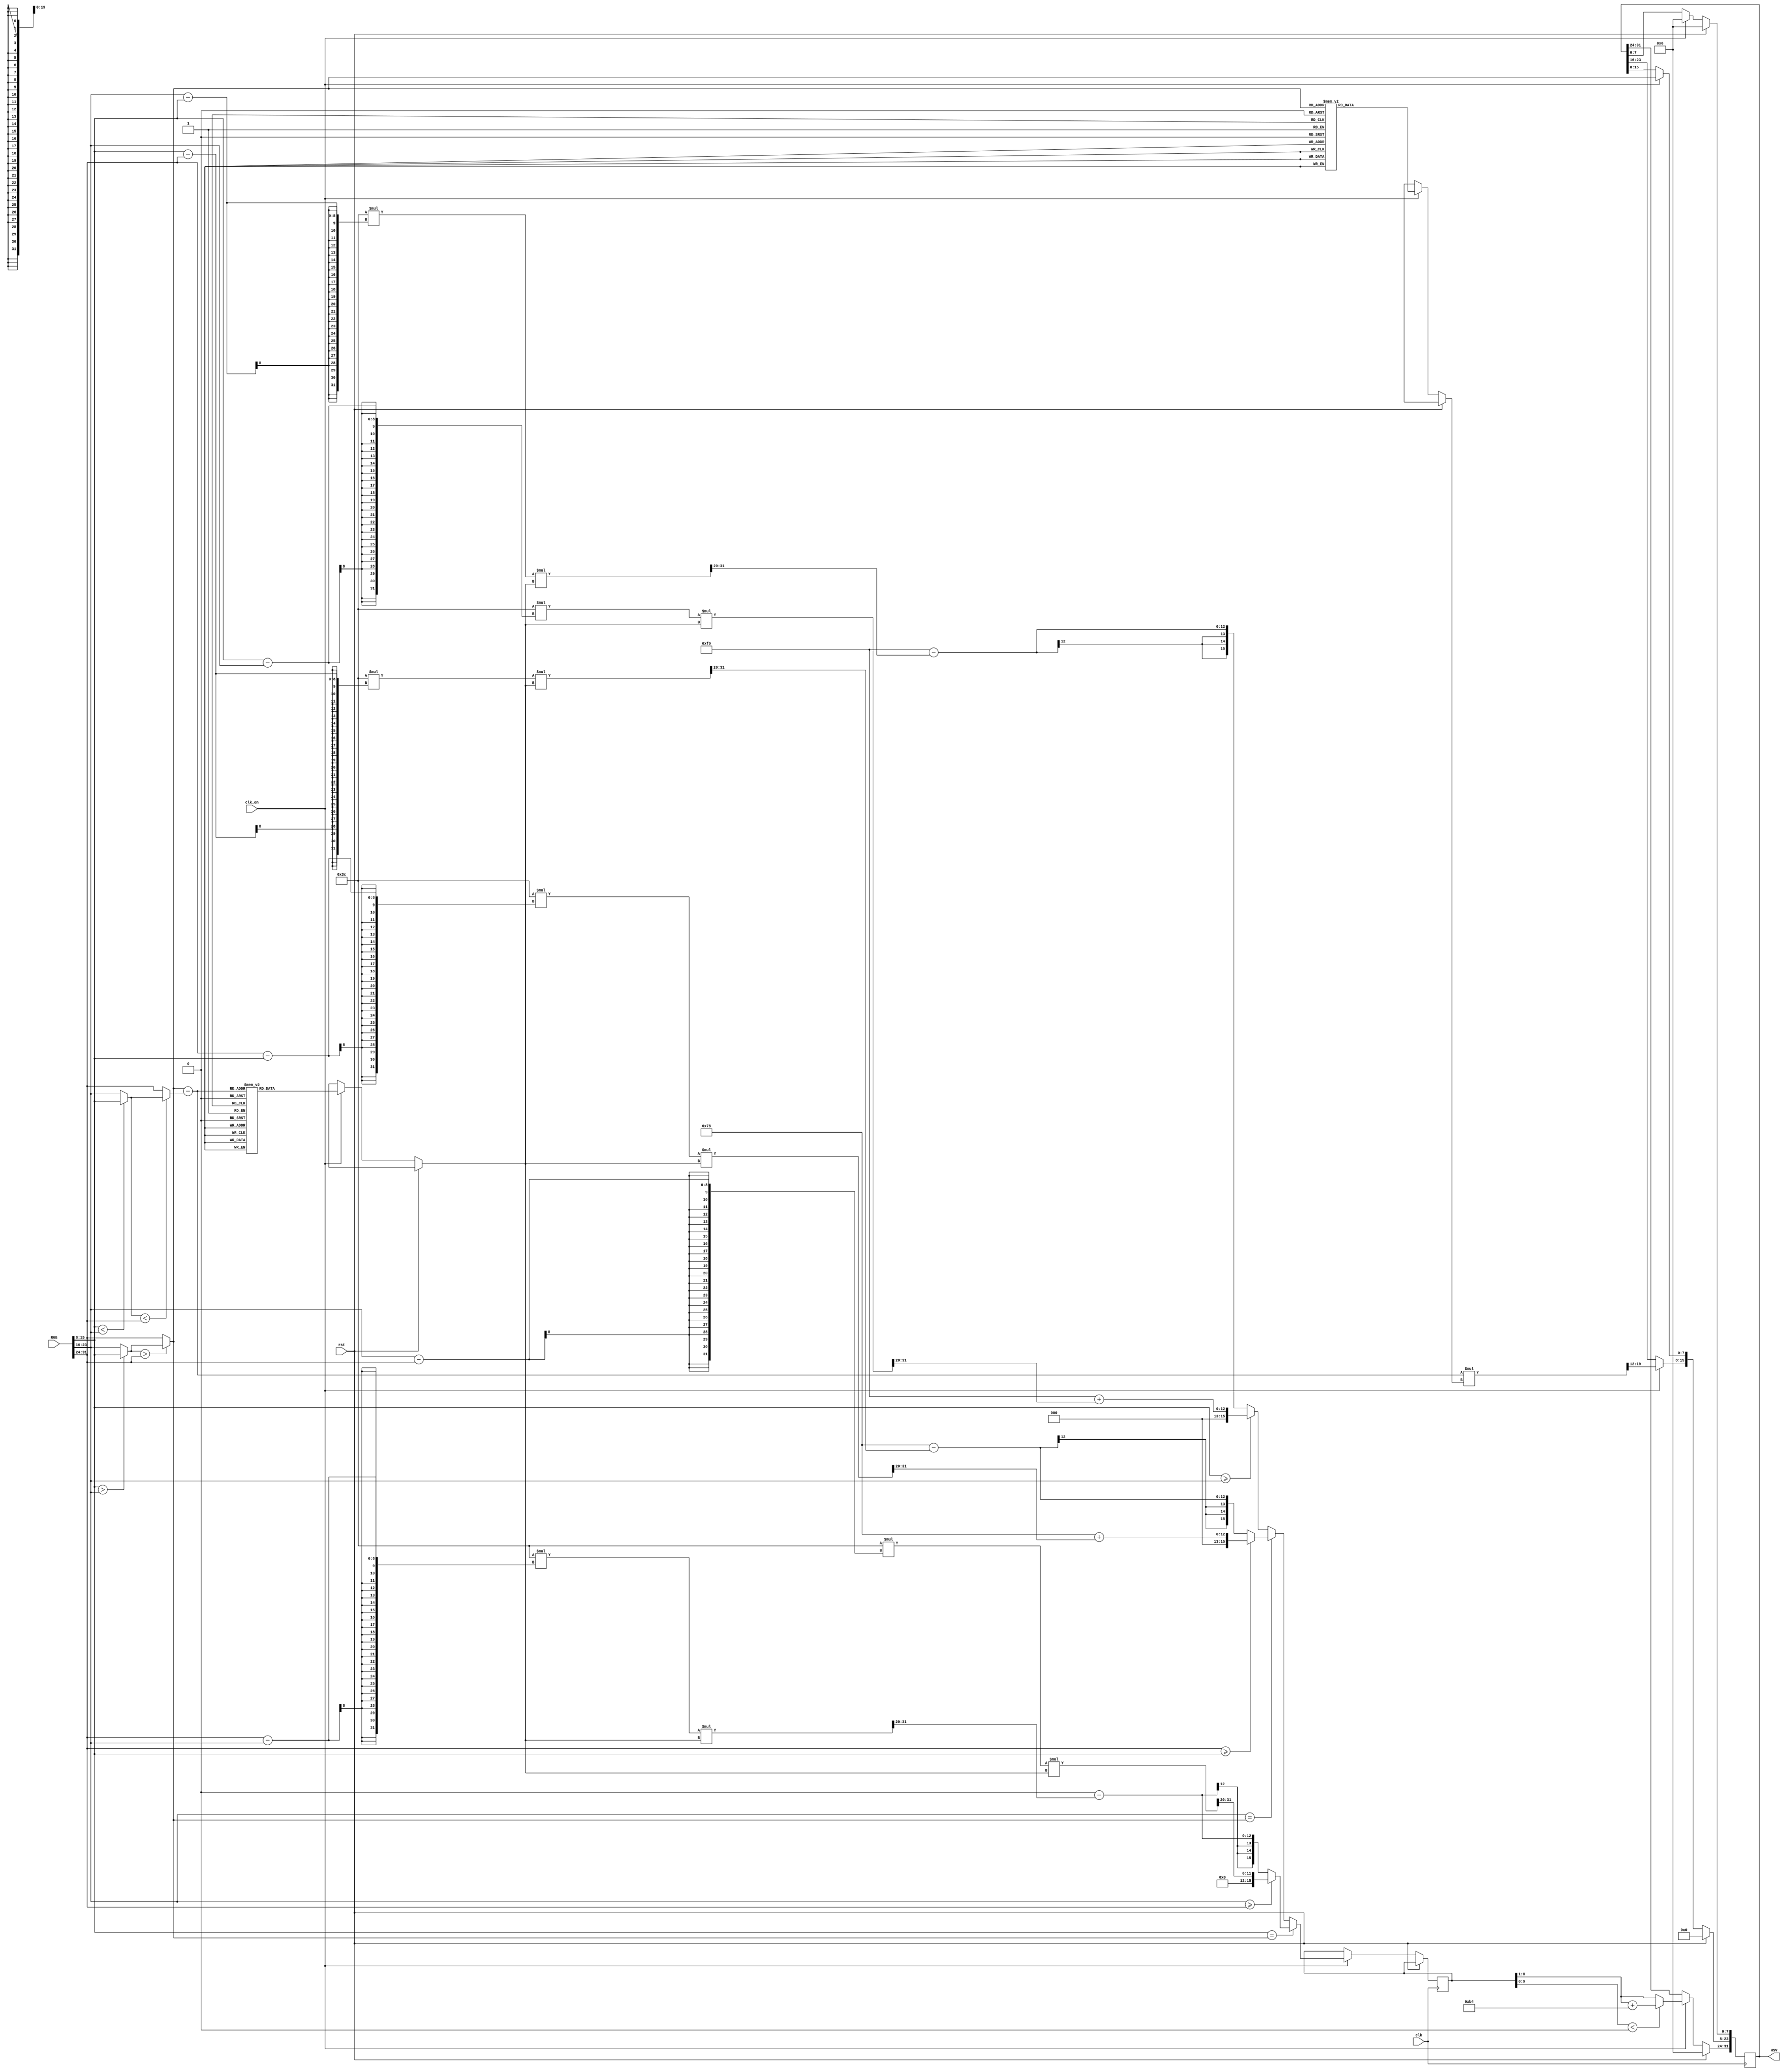
//`timescale 1ns / 1ns
//////////////////////////////////////////////////////////////////////////////////
// Company: 
// Engineer: 
// 
// Design Name: 
// Module Name:    rgb2hsv 
// Project Name: 
// Target Devices: 
// Tool versions: 
// Description: 
//
// Dependencies: 
//
// Revision: 
// Revision 0.01 - File Created
// Additional Comments: 
//
//////////////////////////////////////////////////////////////////////////////////
module rgb2hsv(
clk, 
clk_en,
rst,
RGB,
//xxx,
HSV
    );

input clk, rst;
input[31:0] RGB ;//xxx;
output[31:0] HSV;
input clk_en ;
// h ranges from (0, 360] degrees
// s and v ranges from [0,255] hya bet range mn 0-1 bas for calculation han5aleha from 0-255
// h [31:24] , s [23:16], v[15:8]
reg[31:0] HSV ;
reg[7:0] v_delay_final[2:0]; // Delays v so that h, s, v data lines up correctly
reg[19:0] div ;

wire[7:0] diff; 
reg[31:0] H_old ;
reg signed [9:0] h_int;//ba7ot feha el value mtzabtah bel shifts bta3tha 3ala 7asb el hue_select value
reg[15:0] sat_dividend, sat_divisor;
reg[15:0] hue_dividend, hue_divisor;
//wire[15:0] sat_remainder, hue_remainder;
wire[15:0] sat_quotient, hue_quotient;
 
reg[2:0] hue_select; // Used to correctly modify the output of the hue divider
 
reg[2:0] hue_select_delay; // Accounts for divider delay


wire[7:0] max1 ;
wire[7:0] max;
wire[7:0] min1 ;
wire[7:0] min ;
assign diff = max - min;
assign max1 = (RGB[15:8] > RGB[23:16]) ? RGB[15:8] : RGB[23:16];
assign  max = (max1 > RGB[31:24]) ? max1 : RGB[31:24];
assign min1 = (RGB[15:8] < RGB[23:16]) ? RGB[15:8] : RGB[23:16];
assign min = (min1 < RGB[31:24]) ? min1 : RGB[31:24];

always @ (posedge clk )
begin
if(rst == 1'b1)
begin
	HSV<=0;
end
else if(clk_en == 1'b1)
begin
	HSV[15:8] = max ; 
	case (HSV[15:8])
	8'd0 : div=20'd0;
	8'd1 : div=20'd1044480;
	8'd2 : div=20'd522240;
	8'd3 : div=20'd348160;
	8'd4 : div=20'd261120;
	8'd5 : div=20'd208896;
	8'd6 : div=20'd174080;
	8'd7 : div=20'd149211;
	8'd8 : div=20'd130560;
	8'd9 : div=20'd116053;
	8'd10 : div=20'd104448;
	8'd11 : div=20'd94953;
	8'd12 : div=20'd87040;
	8'd13 : div=20'd80345;
	8'd14 : div=20'd74606;
	8'd15 : div=20'd69632;
	8'd16 : div=20'd65280;
	8'd17 : div=20'd61440;
	8'd18 : div=20'd58027;
	8'd19 : div=20'd54973;
	8'd20 : div=20'd52224;
	8'd21 : div=20'd49737;
	8'd22 : div=20'd47476;
	8'd23 : div=20'd45412;
	8'd24 : div=20'd43520;
	8'd25 : div=20'd41779;
	8'd26 : div=20'd40172;
	8'd27 : div=20'd38684;
	8'd28 : div=20'd37303;
	8'd29 : div=20'd36017;
	8'd30 : div=20'd34816;
	8'd31 : div=20'd33693;
	8'd32 : div=20'd32640;
	8'd33 : div=20'd31651;
	8'd34 : div=20'd30720;
	8'd35 : div=20'd29842;
	8'd36 : div=20'd29013;
	8'd37 : div=20'd28229;
	8'd38 : div=20'd27486;
	8'd39 : div=20'd26782;
	8'd40 : div=20'd26112;
	8'd41 : div=20'd25475;
	8'd42 : div=20'd24869;
	8'd43 : div=20'd24290;
	8'd44 : div=20'd23738;
	8'd45 : div=20'd23211;
	8'd46 : div=20'd22706;
	8'd47 : div=20'd22223;
	8'd48 : div=20'd21760;
	8'd49 : div=20'd21316;
	8'd50 : div=20'd20890;
	8'd51 : div=20'd20480;
	8'd52 : div=20'd20086;
	8'd53 : div=20'd19707;
	8'd54 : div=20'd19342;
	8'd55 : div=20'd18991;
	8'd56 : div=20'd18651;
	8'd57 : div=20'd18324;
	8'd58 : div=20'd18008;
	8'd59 : div=20'd17703;
	8'd60 : div=20'd17408;
	8'd61 : div=20'd17123;
	8'd62 : div=20'd16846;
	8'd63 : div=20'd16579;
	8'd64 : div=20'd16320;
	8'd65 : div=20'd16069;
	8'd66 : div=20'd15825;
	8'd67 : div=20'd15589;
	8'd68 : div=20'd15360;
	8'd69 : div=20'd15137;
	8'd70 : div=20'd14921;
	8'd71 : div=20'd14711;
	8'd72 : div=20'd14507;
	8'd73 : div=20'd14308;
	8'd74 : div=20'd14115;
	8'd75 : div=20'd13926;
	8'd76 : div=20'd13743;
	8'd77 : div=20'd13565;
	8'd78 : div=20'd13391;
	8'd79 : div=20'd13221;
	8'd80 : div=20'd13056;
	8'd81 : div=20'd12895;
	8'd82 : div=20'd12738;
	8'd83 : div=20'd12584;
	8'd84 : div=20'd12434;
	8'd85 : div=20'd12288;
	8'd86 : div=20'd12145;
	8'd87 : div=20'd12006;
	8'd88 : div=20'd11869;
	8'd89 : div=20'd11736;
	8'd90 : div=20'd11605;
	8'd91 : div=20'd11478;
	8'd92 : div=20'd11353;
	8'd93 : div=20'd11231;
	8'd94 : div=20'd11111;
	8'd95 : div=20'd10995;
	8'd96 : div=20'd10880;
	8'd97 : div=20'd10768;
	8'd98 : div=20'd10658;
	8'd99 : div=20'd10550;
	8'd100 : div=20'd10445;
	8'd101 : div=20'd10341;
	8'd102 : div=20'd10240;
	8'd103 : div=20'd10141;
	8'd104 : div=20'd10043;
	8'd105 : div=20'd9947;
	8'd106 : div=20'd9854;
	8'd107 : div=20'd9761;
	8'd108 : div=20'd9671;
	8'd109 : div=20'd9582;
	8'd110 : div=20'd9495;
	8'd111 : div=20'd9410;
	8'd112 : div=20'd9326;
	8'd113 : div=20'd9243;
	8'd114 : div=20'd9162;
	8'd115 : div=20'd9082;
	8'd116 : div=20'd9004;
	8'd117 : div=20'd8927;
	8'd118 : div=20'd8852;
	8'd119 : div=20'd8777;
	8'd120 : div=20'd8704;
	8'd121 : div=20'd8632;
	8'd122 : div=20'd8561;
	8'd123 : div=20'd8492;
	8'd124 : div=20'd8423;
	8'd125 : div=20'd8356;
	8'd126 : div=20'd8290;
	8'd127 : div=20'd8224;
	8'd128 : div=20'd8160;
	8'd129 : div=20'd8097;
	8'd130 : div=20'd8034;
	8'd131 : div=20'd7973;
	8'd132 : div=20'd7913;
	8'd133 : div=20'd7853;
	8'd134 : div=20'd7795;
	8'd135 : div=20'd7737;
	8'd136 : div=20'd7680;
	8'd137 : div=20'd7624;
	8'd138 : div=20'd7569;
	8'd139 : div=20'd7514;
	8'd140 : div=20'd7461;
	8'd141 : div=20'd7408;
	8'd142 : div=20'd7355;
	8'd143 : div=20'd7304;
	8'd144 : div=20'd7253;
	8'd145 : div=20'd7203;
	8'd146 : div=20'd7154;
	8'd147 : div=20'd7105;
	8'd148 : div=20'd7057;
	8'd149 : div=20'd7010;
	8'd150 : div=20'd6963;
	8'd151 : div=20'd6917;
	8'd152 : div=20'd6872;
	8'd153 : div=20'd6827;
	8'd154 : div=20'd6782;
	8'd155 : div=20'd6739;
	8'd156 : div=20'd6695;
	8'd157 : div=20'd6653;
	8'd158 : div=20'd6611;
	8'd159 : div=20'd6569;
	8'd160 : div=20'd6528;
	8'd161 : div=20'd6487;
	8'd162 : div=20'd6447;
	8'd163 : div=20'd6408;
	8'd164 : div=20'd6369;
	8'd165 : div=20'd6330;
	8'd166 : div=20'd6292;
	8'd167 : div=20'd6254;
	8'd168 : div=20'd6217;
	8'd169 : div=20'd6180;
	8'd170 : div=20'd6144;
	8'd171 : div=20'd6108;
	8'd172 : div=20'd6073;
	8'd173 : div=20'd6037;
	8'd174 : div=20'd6003;
	8'd175 : div=20'd5968;
	8'd176 : div=20'd5935;
	8'd177 : div=20'd5901;
	8'd178 : div=20'd5868;
	8'd179 : div=20'd5835;
	8'd180 : div=20'd5803;
	8'd181 : div=20'd5771;
	8'd182 : div=20'd5739;
	8'd183 : div=20'd5708;
	8'd184 : div=20'd5677;
	8'd185 : div=20'd5646;
	8'd186 : div=20'd5615;
	8'd187 : div=20'd5585;
	8'd188 : div=20'd5556;
	8'd189 : div=20'd5526;
	8'd190 : div=20'd5497;
	8'd191 : div=20'd5468;
	8'd192 : div=20'd5440;
	8'd193 : div=20'd5412;
	8'd194 : div=20'd5384;
	8'd195 : div=20'd5356;
	8'd196 : div=20'd5329;
	8'd197 : div=20'd5302;
	8'd198 : div=20'd5275;
	8'd199 : div=20'd5249;
	8'd200 : div=20'd5222;
	8'd201 : div=20'd5196;
	8'd202 : div=20'd5171;
	8'd203 : div=20'd5145;
	8'd204 : div=20'd5120;
	8'd205 : div=20'd5095;
	8'd206 : div=20'd5070;
	8'd207 : div=20'd5046;
	8'd208 : div=20'd5022;
	8'd209 : div=20'd4998;
	8'd210 : div=20'd4974;
	8'd211 : div=20'd4950;
	8'd212 : div=20'd4927;
	8'd213 : div=20'd4904;
	8'd214 : div=20'd4881;
	8'd215 : div=20'd4858;
	8'd216 : div=20'd4836;
	8'd217 : div=20'd4813;
	8'd218 : div=20'd4791;
	8'd219 : div=20'd4769;
	8'd220 : div=20'd4748;
	8'd221 : div=20'd4726;
	8'd222 : div=20'd4705;
	8'd223 : div=20'd4684;
	8'd224 : div=20'd4663;
	8'd225 : div=20'd4642;
	8'd226 : div=20'd4622;
	8'd227 : div=20'd4601;
	8'd228 : div=20'd4581;
	8'd229 : div=20'd4561;
	8'd230 : div=20'd4541;
	8'd231 : div=20'd4522;
	8'd232 : div=20'd4502;
	8'd233 : div=20'd4483;
	8'd234 : div=20'd4464;
	8'd235 : div=20'd4445;
	8'd236 : div=20'd4426;
	8'd237 : div=20'd4407;
	8'd238 : div=20'd4389;
	8'd239 : div=20'd4370;
	8'd240 : div=20'd4352;
	8'd241 : div=20'd4334;
	8'd242 : div=20'd4316;
	8'd243 : div=20'd4298;
	8'd244 : div=20'd4281;
	8'd245 : div=20'd4263;
	8'd246 : div=20'd4246;
	8'd247 : div=20'd4229;
	8'd248 : div=20'd4212;
	8'd249 : div=20'd4195;
	8'd250 : div=20'd4178;
	8'd251 : div=20'd4161;
	8'd252 : div=20'd4145;
	8'd253 : div=20'd4128;
	8'd254 : div=20'd4112;
	8'd255 : div=20'd4096;
	endcase
	HSV[23:16] = ((diff * div)>>12) ;
	case (diff)
	8'd0 : H_old=32'd0;
	8'd1 : H_old=32'd1044480;
	8'd2 : H_old=32'd522240;
	8'd3 : H_old=32'd348160;
	8'd4 : H_old=32'd261120;
	8'd5 : H_old=32'd208896;
	8'd6 : H_old=32'd174080;
	8'd7 : H_old=32'd149211;
	8'd8 : H_old=32'd130560;
	8'd9 : H_old=32'd116053;
	8'd10 : H_old=32'd104448;
	8'd11 : H_old=32'd94953;
	8'd12 : H_old=32'd87040;
	8'd13 : H_old=32'd80345;
	8'd14 : H_old=32'd74606;
	8'd15 : H_old=32'd69632;
	8'd16 : H_old=32'd65280;
	8'd17 : H_old=32'd61440;
	8'd18 : H_old=32'd58027;
	8'd19 : H_old=32'd54973;
	8'd20 : H_old=32'd52224;
	8'd21 : H_old=32'd49737;
	8'd22 : H_old=32'd47476;
	8'd23 : H_old=32'd45412;
	8'd24 : H_old=32'd43520;
	8'd25 : H_old=32'd41779;
	8'd26 : H_old=32'd40172;
	8'd27 : H_old=32'd38684;
	8'd28 : H_old=32'd37303;
	8'd29 : H_old=32'd36017;
	8'd30 : H_old=32'd34816;
	8'd31 : H_old=32'd33693;
	8'd32 : H_old=32'd32640;
	8'd33 : H_old=32'd31651;
	8'd34 : H_old=32'd30720;
	8'd35 : H_old=32'd29842;
	8'd36 : H_old=32'd29013;
	8'd37 : H_old=32'd28229;
	8'd38 : H_old=32'd27486;
	8'd39 : H_old=32'd26782;
	8'd40 : H_old=32'd26112;
	8'd41 : H_old=32'd25475;
	8'd42 : H_old=32'd24869;
	8'd43 : H_old=32'd24290;
	8'd44 : H_old=32'd23738;
	8'd45 : H_old=32'd23211;
	8'd46 : H_old=32'd22706;
	8'd47 : H_old=32'd22223;
	8'd48 : H_old=32'd21760;
	8'd49 : H_old=32'd21316;
	8'd50 : H_old=32'd20890;
	8'd51 : H_old=32'd20480;
	8'd52 : H_old=32'd20086;
	8'd53 : H_old=32'd19707;
	8'd54 : H_old=32'd19342;
	8'd55 : H_old=32'd18991;
	8'd56 : H_old=32'd18651;
	8'd57 : H_old=32'd18324;
	8'd58 : H_old=32'd18008;
	8'd59 : H_old=32'd17703;
	8'd60 : H_old=32'd17408;
	8'd61 : H_old=32'd17123;
	8'd62 : H_old=32'd16846;
	8'd63 : H_old=32'd16579;
	8'd64 : H_old=32'd16320;
	8'd65 : H_old=32'd16069;
	8'd66 : H_old=32'd15825;
	8'd67 : H_old=32'd15589;
	8'd68 : H_old=32'd15360;
	8'd69 : H_old=32'd15137;
	8'd70 : H_old=32'd14921;
	8'd71 : H_old=32'd14711;
	8'd72 : H_old=32'd14507;
	8'd73 : H_old=32'd14308;
	8'd74 : H_old=32'd14115;
	8'd75 : H_old=32'd13926;
	8'd76 : H_old=32'd13743;
	8'd77 : H_old=32'd13565;
	8'd78 : H_old=32'd13391;
	8'd79 : H_old=32'd13221;
	8'd80 : H_old=32'd13056;
	8'd81 : H_old=32'd12895;
	8'd82 : H_old=32'd12738;
	8'd83 : H_old=32'd12584;
	8'd84 : H_old=32'd12434;
	8'd85 : H_old=32'd12288;
	8'd86 : H_old=32'd12145;
	8'd87 : H_old=32'd12006;
	8'd88 : H_old=32'd11869;
	8'd89 : H_old=32'd11736;
	8'd90 : H_old=32'd11605;
	8'd91 : H_old=32'd11478;
	8'd92 : H_old=32'd11353;
	8'd93 : H_old=32'd11231;
	8'd94 : H_old=32'd11111;
	8'd95 : H_old=32'd10995;
	8'd96 : H_old=32'd10880;
	8'd97 : H_old=32'd10768;
	8'd98 : H_old=32'd10658;
	8'd99 : H_old=32'd10550;
	8'd100 : H_old=32'd10445;
	8'd101 : H_old=32'd10341;
	8'd102 : H_old=32'd10240;
	8'd103 : H_old=32'd10141;
	8'd104 : H_old=32'd10043;
	8'd105 : H_old=32'd9947;
	8'd106 : H_old=32'd9854;
	8'd107 : H_old=32'd9761;
	8'd108 : H_old=32'd9671;
	8'd109 : H_old=32'd9582;
	8'd110 : H_old=32'd9495;
	8'd111 : H_old=32'd9410;
	8'd112 : H_old=32'd9326;
	8'd113 : H_old=32'd9243;
	8'd114 : H_old=32'd9162;
	8'd115 : H_old=32'd9082;
	8'd116 : H_old=32'd9004;
	8'd117 : H_old=32'd8927;
	8'd118 : H_old=32'd8852;
	8'd119 : H_old=32'd8777;
	8'd120 : H_old=32'd8704;
	8'd121 : H_old=32'd8632;
	8'd122 : H_old=32'd8561;
	8'd123 : H_old=32'd8492;
	8'd124 : H_old=32'd8423;
	8'd125 : H_old=32'd8356;
	8'd126 : H_old=32'd8290;
	8'd127 : H_old=32'd8224;
	8'd128 : H_old=32'd8160;
	8'd129 : H_old=32'd8097;
	8'd130 : H_old=32'd8034;
	8'd131 : H_old=32'd7973;
	8'd132 : H_old=32'd7913;
	8'd133 : H_old=32'd7853;
	8'd134 : H_old=32'd7795;
	8'd135 : H_old=32'd7737;
	8'd136 : H_old=32'd7680;
	8'd137 : H_old=32'd7624;
	8'd138 : H_old=32'd7569;
	8'd139 : H_old=32'd7514;
	8'd140 : H_old=32'd7461;
	8'd141 : H_old=32'd7408;
	8'd142 : H_old=32'd7355;
	8'd143 : H_old=32'd7304;
	8'd144 : H_old=32'd7253;
	8'd145 : H_old=32'd7203;
	8'd146 : H_old=32'd7154;
	8'd147 : H_old=32'd7105;
	8'd148 : H_old=32'd7057;
	8'd149 : H_old=32'd7010;
	8'd150 : H_old=32'd6963;
	8'd151 : H_old=32'd6917;
	8'd152 : H_old=32'd6872;
	8'd153 : H_old=32'd6827;
	8'd154 : H_old=32'd6782;
	8'd155 : H_old=32'd6739;
	8'd156 : H_old=32'd6695;
	8'd157 : H_old=32'd6653;
	8'd158 : H_old=32'd6611;
	8'd159 : H_old=32'd6569;
	8'd160 : H_old=32'd6528;
	8'd161 : H_old=32'd6487;
	8'd162 : H_old=32'd6447;
	8'd163 : H_old=32'd6408;
	8'd164 : H_old=32'd6369;
	8'd165 : H_old=32'd6330;
	8'd166 : H_old=32'd6292;
	8'd167 : H_old=32'd6254;
	8'd168 : H_old=32'd6217;
	8'd169 : H_old=32'd6180;
	8'd170 : H_old=32'd6144;
	8'd171 : H_old=32'd6108;
	8'd172 : H_old=32'd6073;
	8'd173 : H_old=32'd6037;
	8'd174 : H_old=32'd6003;
	8'd175 : H_old=32'd5968;
	8'd176 : H_old=32'd5935;
	8'd177 : H_old=32'd5901;
	8'd178 : H_old=32'd5868;
	8'd179 : H_old=32'd5835;
	8'd180 : H_old=32'd5803;
	8'd181 : H_old=32'd5771;
	8'd182 : H_old=32'd5739;
	8'd183 : H_old=32'd5708;
	8'd184 : H_old=32'd5677;
	8'd185 : H_old=32'd5646;
	8'd186 : H_old=32'd5615;
	8'd187 : H_old=32'd5585;
	8'd188 : H_old=32'd5556;
	8'd189 : H_old=32'd5526;
	8'd190 : H_old=32'd5497;
	8'd191 : H_old=32'd5468;
	8'd192 : H_old=32'd5440;
	8'd193 : H_old=32'd5412;
	8'd194 : H_old=32'd5384;
	8'd195 : H_old=32'd5356;
	8'd196 : H_old=32'd5329;
	8'd197 : H_old=32'd5302;
	8'd198 : H_old=32'd5275;
	8'd199 : H_old=32'd5249;
	8'd200 : H_old=32'd5222;
	8'd201 : H_old=32'd5196;
	8'd202 : H_old=32'd5171;
	8'd203 : H_old=32'd5145;
	8'd204 : H_old=32'd5120;
	8'd205 : H_old=32'd5095;
	8'd206 : H_old=32'd5070;
	8'd207 : H_old=32'd5046;
	8'd208 : H_old=32'd5022;
	8'd209 : H_old=32'd4998;
	8'd210 : H_old=32'd4974;
	8'd211 : H_old=32'd4950;
	8'd212 : H_old=32'd4927;
	8'd213 : H_old=32'd4904;
	8'd214 : H_old=32'd4881;
	8'd215 : H_old=32'd4858;
	8'd216 : H_old=32'd4836;
	8'd217 : H_old=32'd4813;
	8'd218 : H_old=32'd4791;
	8'd219 : H_old=32'd4769;
	8'd220 : H_old=32'd4748;
	8'd221 : H_old=32'd4726;
	8'd222 : H_old=32'd4705;
	8'd223 : H_old=32'd4684;
	8'd224 : H_old=32'd4663;
	8'd225 : H_old=32'd4642;
	8'd226 : H_old=32'd4622;
	8'd227 : H_old=32'd4601;
	8'd228 : H_old=32'd4581;
	8'd229 : H_old=32'd4561;
	8'd230 : H_old=32'd4541;
	8'd231 : H_old=32'd4522;
	8'd232 : H_old=32'd4502;
	8'd233 : H_old=32'd4483;
	8'd234 : H_old=32'd4464;
	8'd235 : H_old=32'd4445;
	8'd236 : H_old=32'd4426;
	8'd237 : H_old=32'd4407;
	8'd238 : H_old=32'd4389;
	8'd239 : H_old=32'd4370;
	8'd240 : H_old=32'd4352;
	8'd241 : H_old=32'd4334;
	8'd242 : H_old=32'd4316;
	8'd243 : H_old=32'd4298;
	8'd244 : H_old=32'd4281;
	8'd245 : H_old=32'd4263;
	8'd246 : H_old=32'd4246;
	8'd247 : H_old=32'd4229;
	8'd248 : H_old=32'd4212;
	8'd249 : H_old=32'd4195;
	8'd250 : H_old=32'd4178;
	8'd251 : H_old=32'd4161;
	8'd252 : H_old=32'd4145;
	8'd253 : H_old=32'd4128;
	8'd254 : H_old=32'd4112;
	8'd255 : H_old=32'd4096;
	endcase


	if (RGB[15:8] == max) 
	begin  
			if (RGB[23:16] >= RGB[31:24]) 
			begin
				hue_dividend <= {2'b0,((16'd60*(RGB[23:16] - RGB[31:24])*H_old)>>20)};
			end
			else 
			begin
				hue_dividend <= 0- ((16'd60*(RGB[31:24] - RGB[23:16])*H_old)>>20);
			end
	end
	else if (RGB[23:16] == max) 
	begin  
			if (RGB[31:24] >= RGB[15:8])
			begin
			hue_dividend <= (16'd120+((16'd60*(RGB[31:24] - RGB[15:8])*H_old)>>20));
			end
			else 
			begin
			hue_dividend <= (16'd120-((16'd60*(RGB[15:8] - RGB[31:24])*H_old)>>20));
			end


	end
	else 
	begin 
		if (RGB[15:8] >= RGB[23:16]) 
		begin
			hue_dividend <= (16'd240+((16'd60*(RGB[15:8] - RGB[23:16])*H_old)>>20));
		end
		else 
		begin
			hue_dividend <= (16'd240-((16'd60*(RGB[23:16] - RGB[15:8])*H_old)>>20));
			
		end
	end

   h_int = hue_dividend ;
	if (h_int < 0) 
	begin
		HSV[31:24] <= ((h_int >>1)+180);
		HSV[7:0]<=0;
	end
	else
	begin	
		HSV[31:24]<= (h_int>>1);
		HSV[7:0]<=0;
	end
end
//	if (hue_dividend < 0) 
//		H <= ((hue_dividend >>1)+180);
//	else 
//		H <= (hue_dividend>>1);
end

endmodule